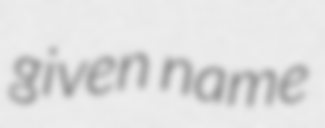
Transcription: given name